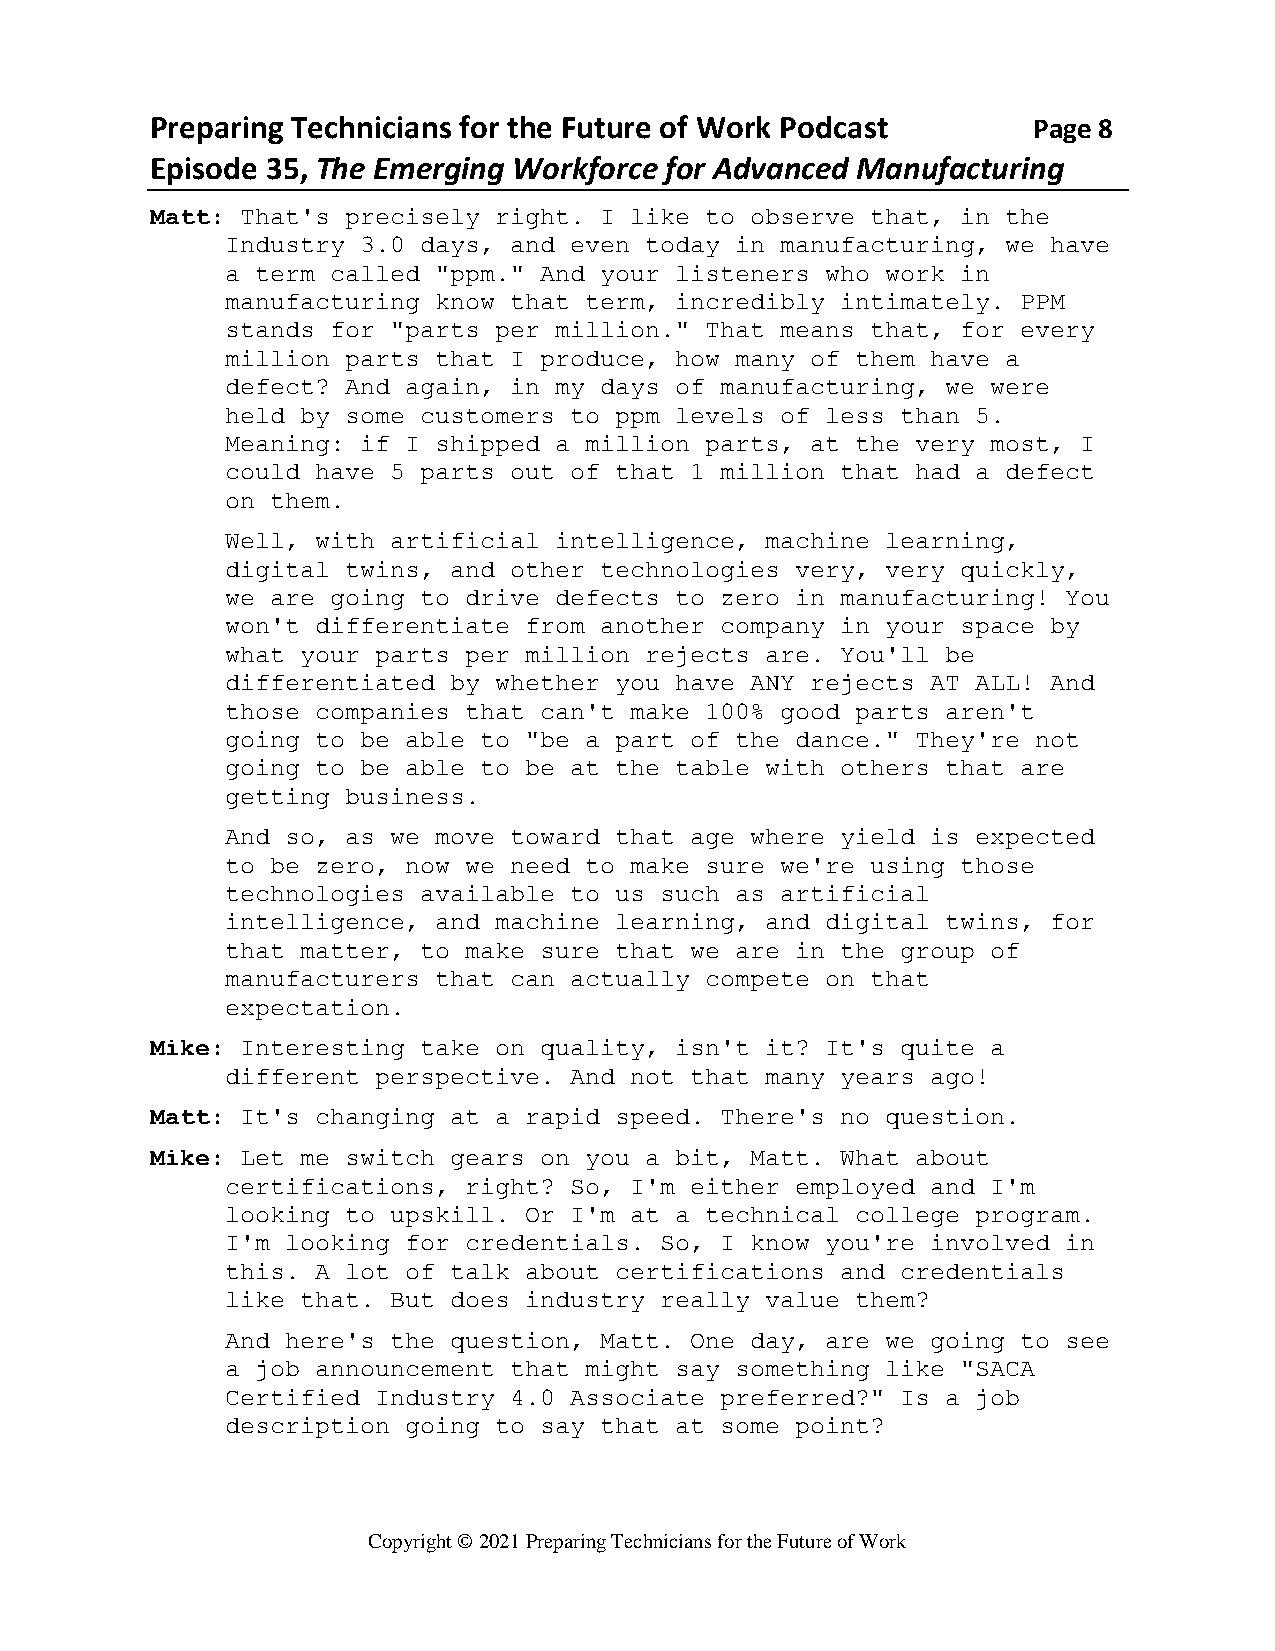
Preparing Technicians for the Future of Work Podcast      Page 8
 Episode 35, The Emerging Workforce for Advanced Manufacturing
 Matt: That's precisely right. I like to observe that, in the
 Industry 3.0 days, and even today in manufacturing, we have
 a term called "ppm." And your listeners who work in
 manufacturing know that term, incredibly intimately. PPM
 stands for "parts per million." That means that, for every
 million parts that I produce, how many of them have a
 defect? And again, in my days of manufacturing, we were
 held by some customers to ppm levels of less than 5.
 Meaning: if I shipped a million parts, at the very most, I
 could have 5 parts out of that 1 million that had a defect
 on them.
 Well, with artificial intelligence, machine learning,
 digital twins, and other technologies very, very quickly,
 we are going to drive defects to zero in manufacturing! You
 won't differentiate from another company in your space by
 what your parts per million rejects are. You'll be
 differentiated by whether you have ANY rejects AT ALL! And
 those companies that can't make 100% good parts aren't
 going to be able to "be a part of the dance." They're not
 going to be able to be at the table with others that are
 getting business.
 And so, as we move toward that age where yield is expected
 to be zero, now we need to make sure we're using those
 technologies available to us such as artificial
 intelligence, and machine learning, and digital twins, for
 that matter, to make sure that we are in the group of
 manufacturers that can actually compete on that
 expectation.
 Mike: Interesting take on quality, isn't it? It's quite a
 different perspective. And not that many years ago!
 Matt: It's changing at a rapid speed. There's no question.
 Mike: Let me switch gears on you a bit, Matt. What about
 certifications, right? So, I'm either employed and I'm
 looking to upskill. Or I'm at a technical college program.
 I'm looking for credentials. So, I know you're involved in
 this. A lot of talk about certifications and credentials
 like that. But does industry really value them?
 And here's the question, Matt. One day, are we going to see
 a job announcement that might say something like "SACA
 Certified Industry 4.0 Associate preferred?" Is a job
 description going to say that at some point?
 Copyright © 2021 Preparing Technicians for the Future of Work